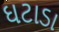
ઘટાડા